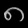
Digit: ၈